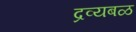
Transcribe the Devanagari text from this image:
द्रव्यबळ